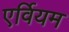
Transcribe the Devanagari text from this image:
एर्वियम